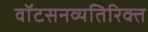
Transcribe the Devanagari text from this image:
वॉटसनव्यतिरिक्त